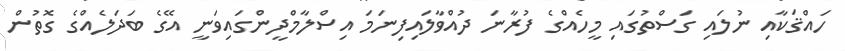
ހައްޤަކާއި ނުލައި ގަސްތުގައި މީހެއްގެ ފުރާނަ ދުއްވާލައިފިނަމަ އިސްލާމްދީންގައިވަނީ އޭގެ ބަދަލެއްގެ ގޮތުން